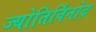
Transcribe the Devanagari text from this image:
ज्योतिर्विनोद